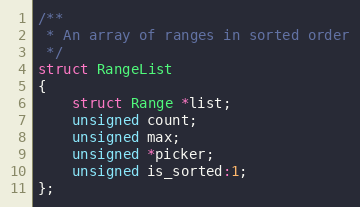
Language: C
/**
 * An array of ranges in sorted order
 */
struct RangeList
{
    struct Range *list;
    unsigned count;
    unsigned max;
    unsigned *picker;
    unsigned is_sorted:1;
};